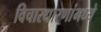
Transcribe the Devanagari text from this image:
विचारधारणांमध्ये